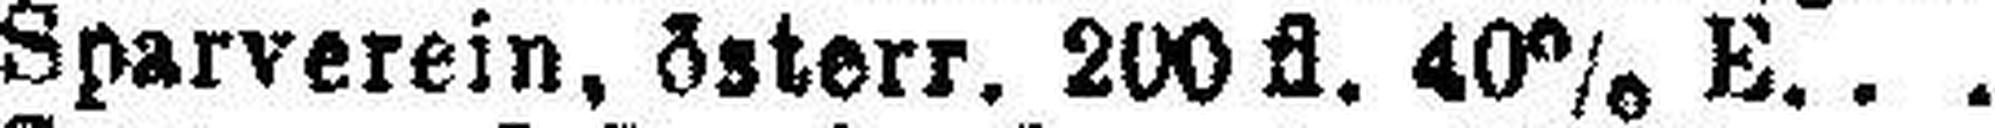
Sparverein, österr. 200fl. 40% E.